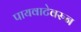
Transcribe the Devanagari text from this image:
पायवाटेवरुन